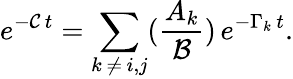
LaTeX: e^{-\mathcal{C}\, t}=\sum_{k\, \neq\, i,j}(\frac{A_{k}}{\mathcal{B}})\, e^{-\Gamma_{k}\, t}.